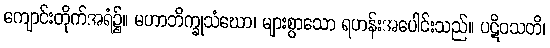
ကျောင်းတိုက်အရံ၌။ မဟာဘိက္ခုသံဃော၊ များစွာသော ရဟန်းအပေါင်းသည်။ ပဋိဝသတိ၊